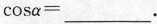
$$c o s α = ___$$.